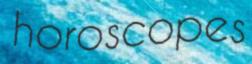
horoscopes